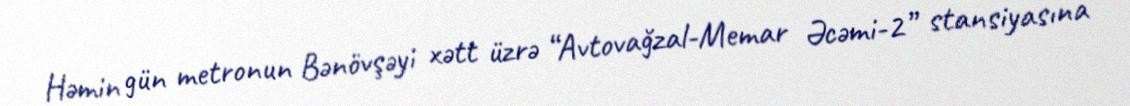
Həmin gün metronun Bənövşəyi xətt üzrə “Avtovağzal-Memar Əcəmi-2” stansiyasına